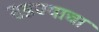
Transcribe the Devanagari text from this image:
सडण्याचा